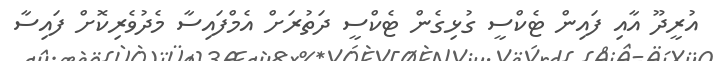
އުރީދޫ އާއި ފައިން ޓެކްސީ ގުޅިގެން ޓެކްސީ ދަތުރަށް އެމްފައިސާ މެދުވެރިކޮށް ފައިސާ